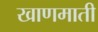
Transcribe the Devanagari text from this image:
खाणमाती